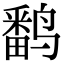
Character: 𬸪